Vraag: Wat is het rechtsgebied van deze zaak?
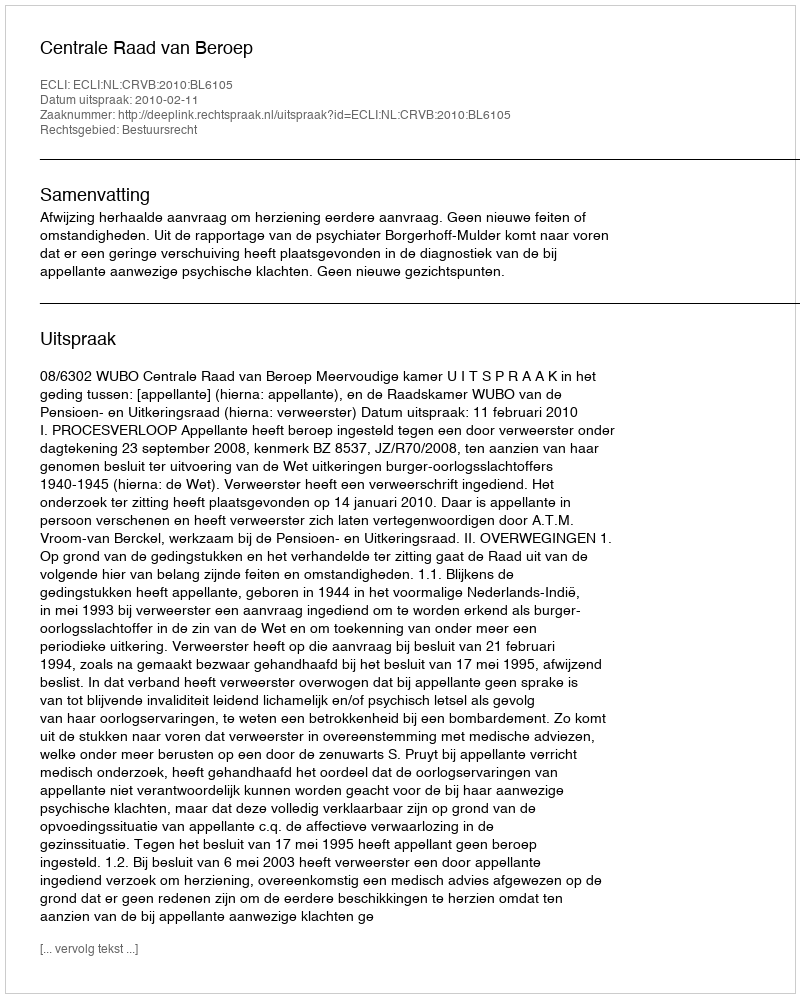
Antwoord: Bestuursrecht